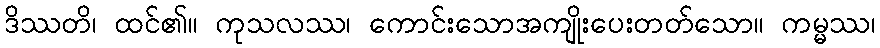
ဒိဿတိ၊ ထင်၏။ ကုသလဿ၊ ကောင်းသောအကျိုးပေးတတ်သော။ ကမ္မဿ၊